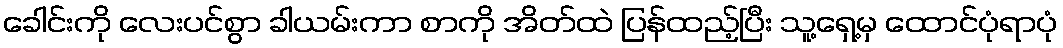
ခေါင်းကို လေးပင်စွာ ခါယမ်းကာ စာကို အိတ်ထဲ ပြန်ထည့်ပြီး သူ့ရှေ့မှ ထောင်ပုံရာပုံ